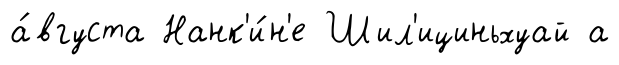
а́вгуста Нанк'и́н'е Шил'ициньхуай а